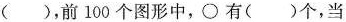
()，前100个图形中，\circ 有()个，当